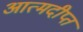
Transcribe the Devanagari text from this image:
आत्मदीप्त